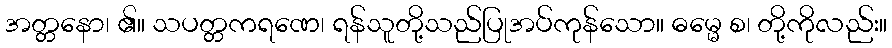
အတ္တနော၊ ၏။ သပတ္တကရဏေ၊ ရန်သူတို့သည်ပြုအပ်ကုန်သော။ ဓမ္မေ စ၊ တို့ကိုလည်း။